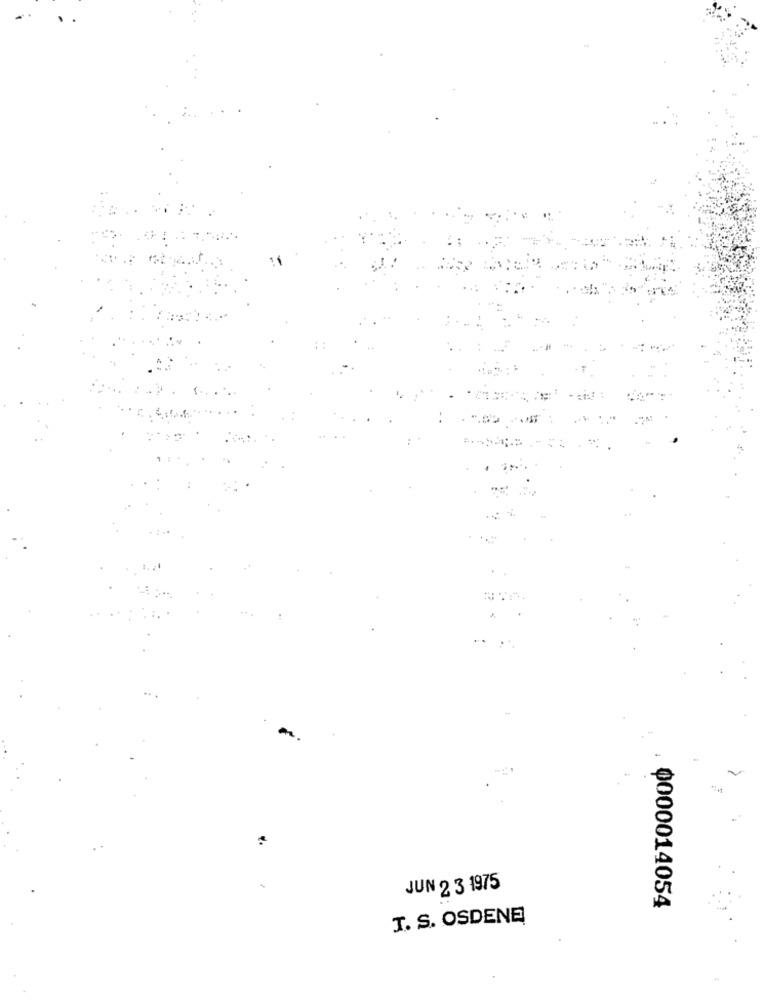
JUN 2 3 1975
0000014054
T. S. OSDENE